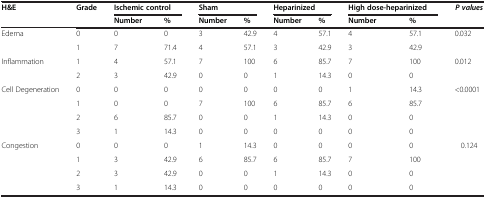
| <ROWSPAN=2> H&E | <ROWSPAN=2> Grade | <COLSPAN=2> Ischemic control | <COLSPAN=2> Sham | <COLSPAN=2> Heparinized | <COLSPAN=2> High dose-heparinized | <ROWSPAN=2> P values |
 | Number | % | Number | % | Number | % | Number | % |
 | --- | --- | --- | --- | --- | --- | --- | --- | --- | --- | --- |
 | <ROWSPAN=2> Edema | 0 | 0 | 0 | 3 | 42.9 | 4 | 57.1 | 4 | 57.1 | <ROWSPAN=2> 0.032 |
 | 1 | 7 | 71.4 | 4 | 57.1 | 3 | 42.9 | 3 | 42.9 |
 | <ROWSPAN=2> Inflammation | 1 | 4 | 57.1 | 7 | 100 | 6 | 85.7 | 7 | 100 | <ROWSPAN=2> 0.012 |
 | 2 | 3 | 42.9 | 0 | 0 | 1 | 14.3 | 0 | 0 |
 | <ROWSPAN=4> Cell Degeneration | 0 | 0 | 0 | 0 | 0 | 0 | 0 | 1 | 14.3 | <ROWSPAN=4> <0.0001 |
 | 1 | 0 | 0 | 7 | 100 | 6 | 85.7 | 6 | 85.7 |
 | 2 | 6 | 85.7 | 0 | 0 | 1 | 14.3 | 0 | 0 |
 | 3 | 1 | 14.3 | 0 | 0 | 0 | 0 | 0 | 0 |
 | <ROWSPAN=4> Congestion | 0 | 0 | 0 | 1 | 14.3 | 0 | 0 | 0 | 0 | <ROWSPAN=4> 0.124 |
 | 1 | 3 | 42.9 | 6 | 85.7 | 6 | 85.7 | 7 | 100 |
 | 2 | 3 | 42.9 | 0 | 0 | 1 | 14.3 | 0 | 0 |
 | 3 | 1 | 14.3 | 0 | 0 | 0 | 0 | 0 | 0 |